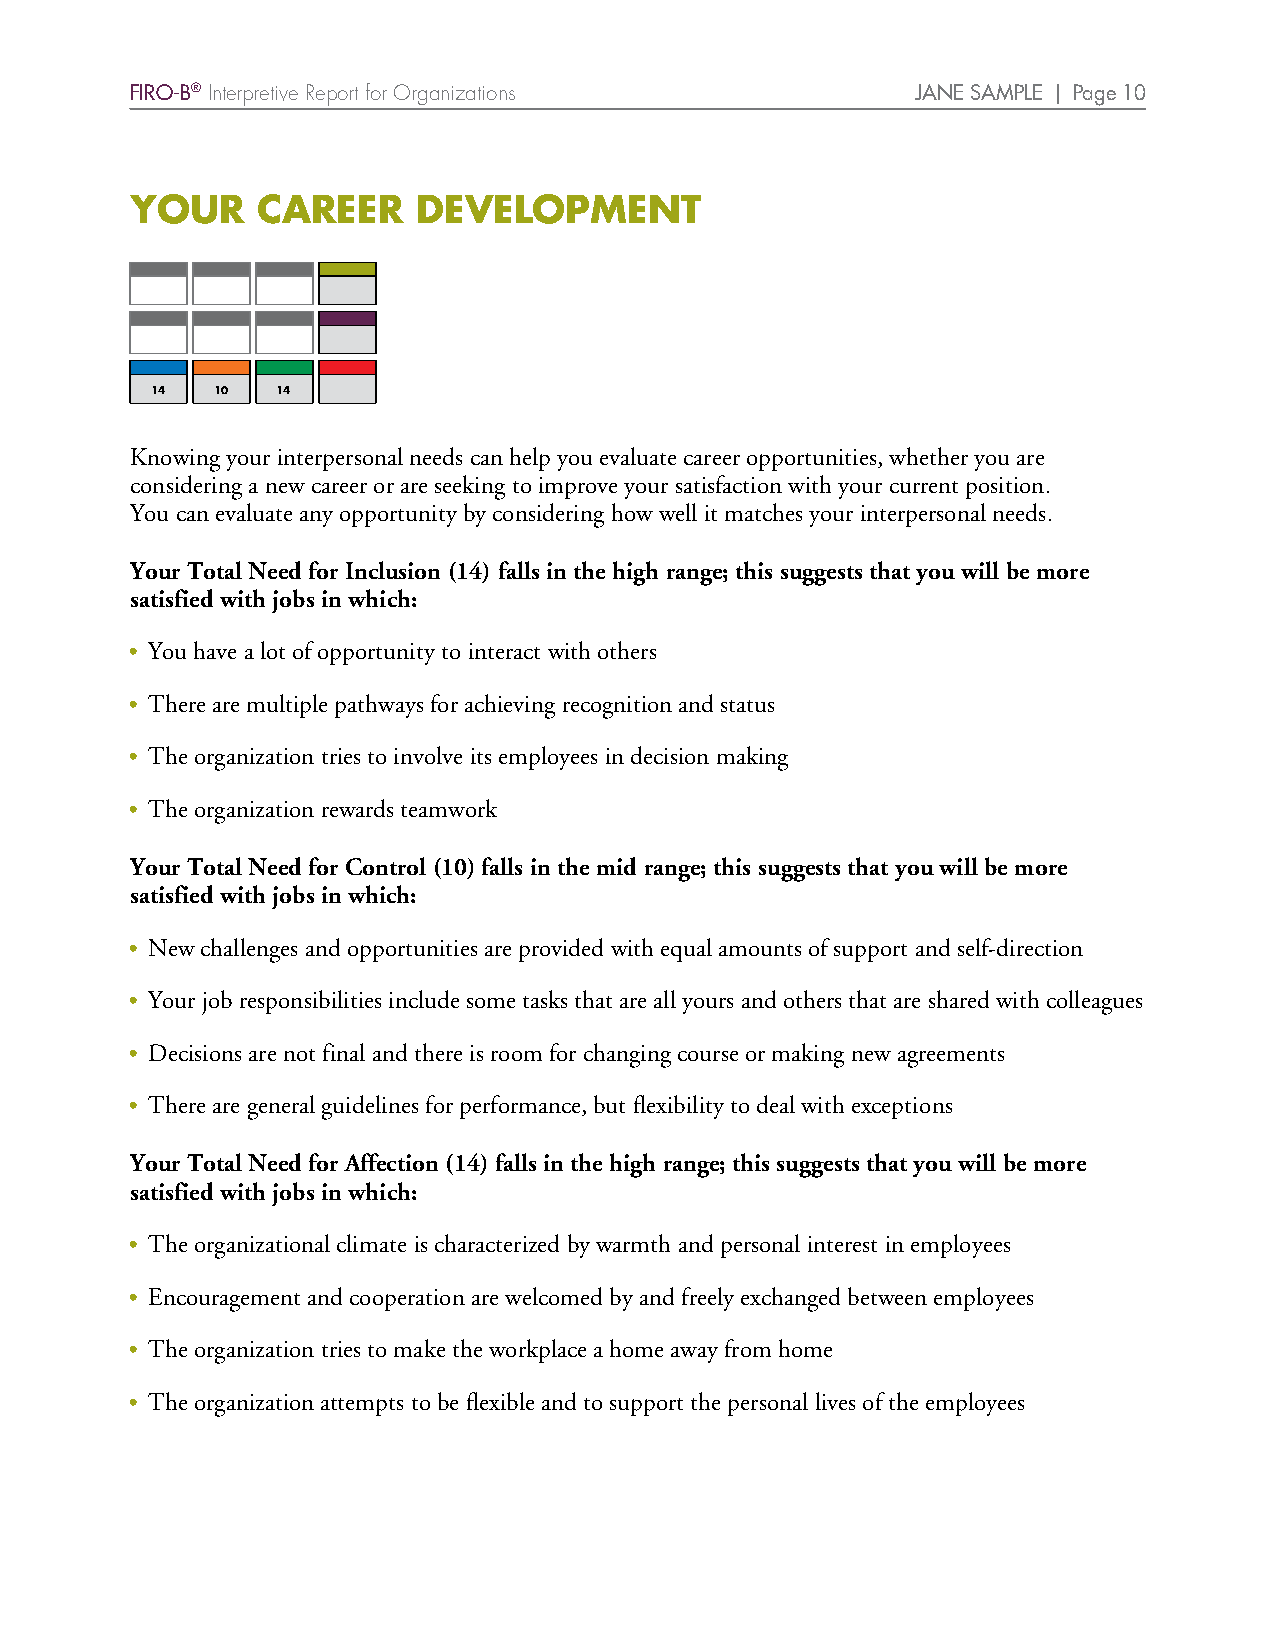
FIRO-B® Interpretive Report for Organizations       JANE SAMPLE | Page 10
 YOUR    CAREER     DEVELOPMENT
 14  10  14
 Knowing your interpersonal needs can help you evaluate career opportunities, whether you are
 considering a new career or are seeking to improve your satisfaction with your current position.
 You can evaluate any opportunity by considering how well it matches your interpersonal needs.
 Your Total Need for Inclusion (14) falls in the high range; this suggests that you will be more
 satisfied with jobs in which:
 • You have a lot of opportunity to interact with others
 • There are multiple pathways for achieving recognition and status
 • The organization tries to involve its employees in decision making
 • The organization rewards teamwork
 Your Total Need for Control (10) falls in the mid range; this suggests that you will be more
 satisfied with jobs in which:
 • New challenges and opportunities are provided with equal amounts of support and self-direction
 • Your job responsibilities include some tasks that are all yours and others that are shared with colleagues
 • Decisions are not final and there is room for changing course or making new agreements
 • There are general guidelines for performance, but flexibility to deal with exceptions
 Your Total Need for Affection (14) falls in the high range; this suggests that you will be more
 satisfied with jobs in which:
 • The organizational climate is characterized by warmth and personal interest in employees
 • Encouragement and cooperation are welcomed by and freely exchanged between employees
 • The organization tries to make the workplace a home away from home
 • The organization attempts to be flexible and to support the personal lives of the employees